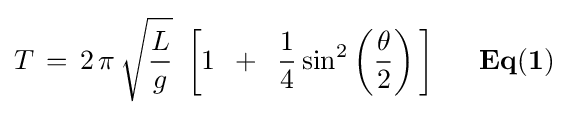
T\,=\,2\,\pi \,{\sqrt {L \over g}}\,\,\left[{1\,\,\,+\,\,\,{1 \over 4}\sin ^{2}\left({\theta  \over 2}\right)\,}\right]{\mathbf {\,\,\,\,\,\,\,\,\,Eq(1)} }